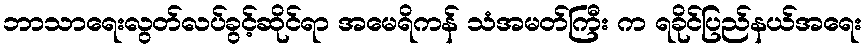
ဘာသာရေးလွတ်လပ်ခွင့်ဆိုင်ရာ အမေရိကန် သံအမတ်ကြီး က ရခိုင်ပြည်နယ်အရေး